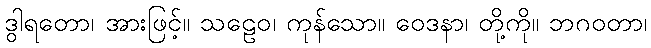
ဒွါရတော၊ အားဖြင့်။ သဠေဝ၊ ကုန်သော။ ဝေဒနာ၊ တို့ကို။ ဘဂဝတာ၊